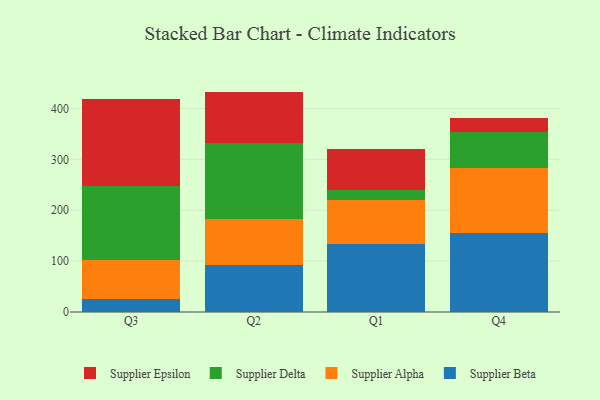
{"axis": {"x": "Quarter", "y": "Gross Profit (USD K)"}, "legend": ["Supplier Alpha", "Supplier Beta", "Supplier Delta", "Supplier Epsilon"], "data": [{"x": "Q3", "y": 25.0, "type": "Supplier Beta"}, {"x": "Q3", "y": 76.5, "type": "Supplier Alpha"}, {"x": "Q3", "y": 145.6, "type": "Supplier Delta"}, {"x": "Q3", "y": 171.0, "type": "Supplier Epsilon"}, {"x": "Q2", "y": 92.1, "type": "Supplier Beta"}, {"x": "Q2", "y": 91.4, "type": "Supplier Alpha"}, {"x": "Q2", "y": 148.3, "type": "Supplier Delta"}, {"x": "Q2", "y": 101.5, "type": "Supplier Epsilon"}, {"x": "Q1", "y": 134.2, "type": "Supplier Beta"}, {"x": "Q1", "y": 85.5, "type": "Supplier Alpha"}, {"x": "Q1", "y": 20.8, "type": "Supplier Delta"}, {"x": "Q1", "y": 80.0, "type": "Supplier Epsilon"}, {"x": "Q4", "y": 154.6, "type": "Supplier Beta"}, {"x": "Q4", "y": 129.2, "type": "Supplier Alpha"}, {"x": "Q4", "y": 69.5, "type": "Supplier Delta"}, {"x": "Q4", "y": 28.6, "type": "Supplier Epsilon"}]}